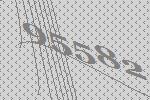
95582